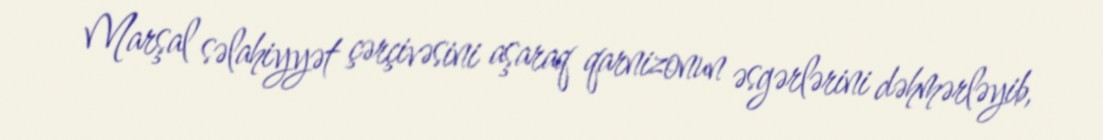
Marşal səlahiyyət çərçivəsini aşaraq qarnizonun əsgərlərini dəhmərləyib,